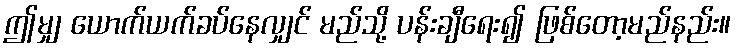
ဤမျှ ယောက်ယက်ခပ်နေလျှင် မည်သို့ ပန်းချီရေး၍ ဖြစ်တော့မည်နည်း။